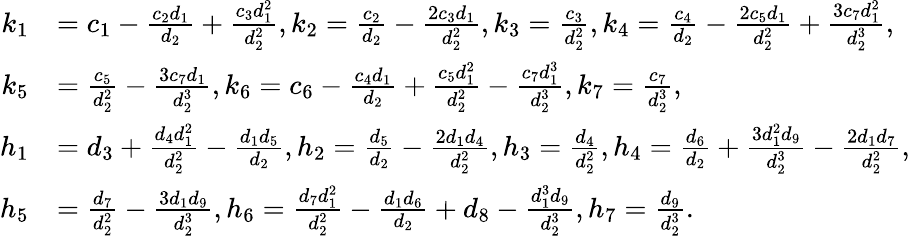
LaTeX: \begin{array}{rl}{k_{1}}&{=c_{1}-\frac{c_{2}d_{1}}{d_{2}}+\frac{c_{3}d_{1}^{2}}{d_{2}^{2}},k_{2}=\frac{c_{2}}{d_{2}}-\frac{2c_{3}d_{1}}{d_{2}^{2}},k_{3}=\frac{c_{3}}{d_{2}^{2}},k_{4}=\frac{c_{4}}{d_{2}}-\frac{2c_{5}d_{1}}{d_{2}^{2}}+\frac{3c_{7}d_{1}^{2}}{d_{2}^{3}},}\\ {k_{5}}&{=\frac{c_{5}}{d_{2}^{2}}-\frac{3c_{7}d_{1}}{d_{2}^{3}},k_{6}=c_{6}-\frac{c_{4}d_{1}}{d_{2}}+\frac{c_{5}d_{1}^{2}}{d_{2}^{2}}-\frac{c_{7}d_{1}^{3}}{d_{2}^{3}},k_{7}=\frac{c_{7}}{d_{2}^{3}},}\\ {h_{1}}&{=d_{3}+\frac{d_{4}d_{1}^{2}}{d_{2}^{2}}-\frac{d_{1}d_{5}}{d_{2}},h_{2}=\frac{d_{5}}{d_{2}}-\frac{2d_{1}d_{4}}{d_{2}^{2}},h_{3}=\frac{d_{4}}{d_{2}^{2}},h_{4}=\frac{d_{6}}{d_{2}}+\frac{3d_{1}^{2}d_{9}}{d_{2}^{3}}-\frac{2d_{1}d_{7}}{d_{2}^{2}},}\\ {h_{5}}&{=\frac{d_{7}}{d_{2}^{2}}-\frac{3d_{1}d_{9}}{d_{2}^{3}},h_{6}=\frac{d_{7}d_{1}^{2}}{d_{2}^{2}}-\frac{d_{1}d_{6}}{d_{2}}+d_{8}-\frac{d_{1}^{3}d_{9}}{d_{2}^{3}},h_{7}=\frac{d_{9}}{d_{2}^{3}}.}\end{array}